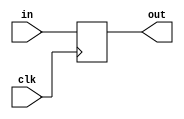
`timescale 1ns / 1ps

module program_counter(
  input clk,
  input [31:0] in,
  output reg [31:0] out
);
  
  initial begin
    out = -4;
  end

  always @(negedge clk) begin
    out = in;
  end

endmodule